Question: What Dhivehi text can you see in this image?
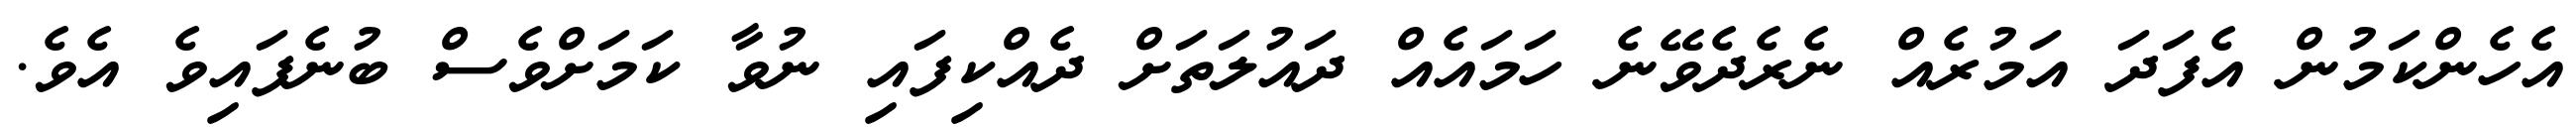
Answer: އެހެންކަމުން އެފަދަ އަމުރެއް ނެރެދެވޭނެ ހަމައެއް ދައުލަތަށް ދެއްކިފައި ނުވާ ކަމަށްވެސް ބުނެފައިވެ އެވެ.